Lunatic asylums in Bengal annual reports 1899-1911 - 1899-1911
Year: 1899
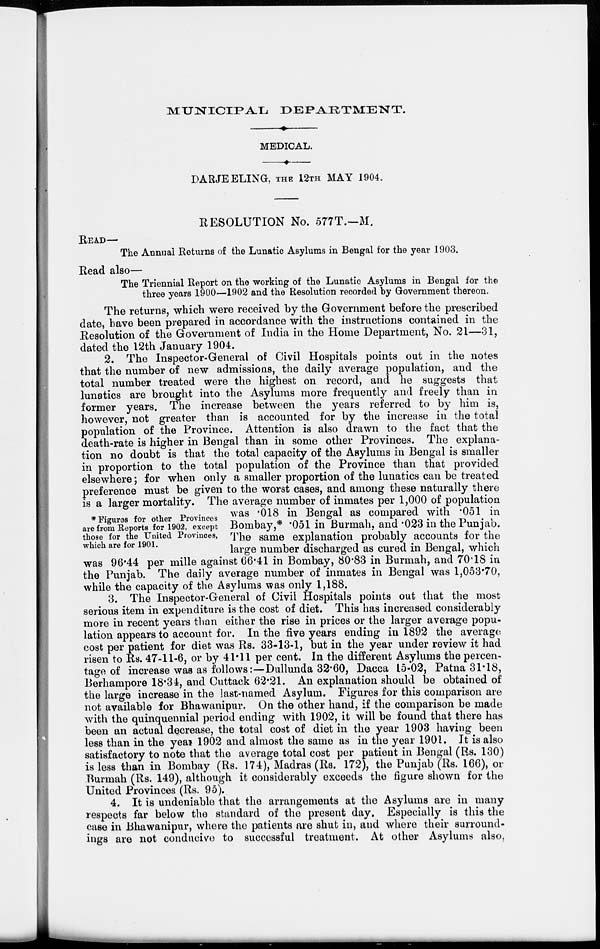
MUNICIPAL
DEPARTMENT.
MEDICAL.
DARJEELING, THE 12TH MAY 1904.
RESOLUTION No. 577T.—M.
READ—
The Annual Returns of the Lunatic Asylums in Bengal for the year 1903.
Read also—
The Triennial Report on the working of the Lunatic Asylums in Bengal for the
three years 1900—1902 and the Resolution recorded by Government thereon.
The returns, which were received by the Government before the prescribed
date, have been prepared in accordance with the instructions contained in the
Resolution of the Government of India in the Home Department, No. 21—31,
dated the 12th January 1904.
* Figures for other Provinces
are from Reports for 1902, except
those for the United Provinces,
which are for 1901.
2. The Inspector-General of Civil Hospitals points out in the notes
that the number of new admissions, the daily average population, and the
total number treated were the highest on record, and he suggests that
lunatics are brought into the Asylums more frequently and freely than in
former years. The increase between the years referred to by him is,
however, not greater than is accounted for by the increase in the total
population of the Province. Attention is also drawn to the fact that the
death-rate is higher in Bengal than in some other Provinces. The explana-
tion no doubt is that the total capacity of the Asylums in Bengal is smaller
in proportion to the total population of the Province than that provided
elsewhere; for when only a smaller proportion of the lunatics can be treated
preference must be given to the worst cases, and among these naturally there
is a larger mortality. The average number of inmates per 1,000 of population
was .018 in Bengal as compared with .051 in
Bombay,* .051 in Burmah, and .023 in the Punjab.
The same explanation probably accounts for the
large number discharged as cured in Bengal, which
was 96.44 per mille against 66.41 in Bombay, 80.83 in Burmah, and 70.18 in
the Punjab. The daily average number of inmates in Bengal was 1,053.70,
while the capacity of the Asylums was only 1,188.
3. The Inspector-General of Civil Hospitals points out that the most
serious item in expenditure is the cost of diet. This has increased considerably
more in recent years than either the rise in prices or the larger average popu-
lation appears to account for. In the five years ending in 1892 the average
cost per patient for diet was Rs. 33-13-1, but in the year under review it had
risen to Rs. 47-11-6, or by 41.11 per cent. In the different Asylums the percen-
tage of increase was as follows:—Dullunda 32.60, Dacca 15-02, Patna 31.18,
Berhampore 18.34, and Cuttack 62.21. An explanation should be obtained of
the large increase in the last-named Asylum. Figures for this comparison are
not available for Bhawanipur. On the other hand, if the comparison be made
with the quinquennial period ending with 1902, it will be found that there has
been an actual decrease, the total cost of diet in the year 1903 having been
less than in the year 1902 and almost the same as in the year 1901. It is also
satisfactory to note that the average total cost per patient in Bengal (Rs. 130)
is less than in Bombay (Rs. 174), Madras (Rs. 172), the Punjab (Rs. 166), or
Burmah (Rs. 149), although it considerably exceeds the figure shown for the
United Provinces (Rs. 95).
4. It is undeniable that the arrangements at the Asylums are in many
respects far below the standard of the present day. Especially is this the
case in Bhawanipur, where the patients are shut in, and where their surround-
ings are not conducive to successful treatment. At other Asylums also,